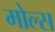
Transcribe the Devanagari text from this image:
मोल्स